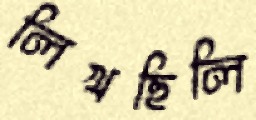
লিখছিলি